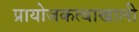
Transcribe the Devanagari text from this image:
प्रायोजकत्वाखाली